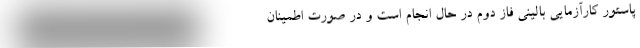
پاستور کارآزمایی بالینی فاز دوم در حال انجام است و در صورت اطمینان